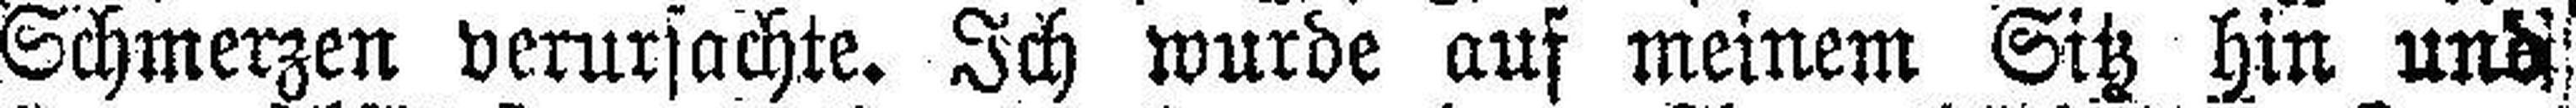
Schmerzen verursachte. Ich wurde auf meinem Sitz hin und